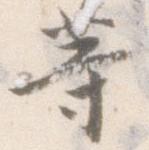
等